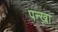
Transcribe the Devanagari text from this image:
पन्खा